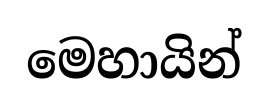
මෙහායින්